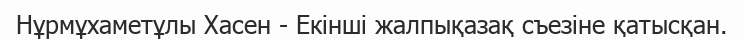
Нұрмұхаметұлы Хасен - Екінші жалпықазақ съезіне қатысқан.